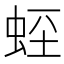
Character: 𧊻